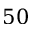
5 0